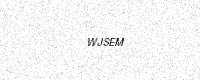
Text: WJSEM